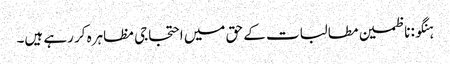
ہنگو: ناظمین مطالبات کے حق میں احتجاجی مظاہرہ کر رہے ہیں۔